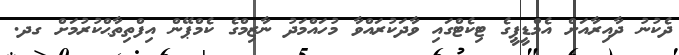
ދެކުނު ދާއިރާއަށް އެމްޑީޕީގެ ޓިކެޓްގައި ވާދަކުރައްވާ މުހައްމަދު ނާޒިމްގެ ކެމްޕޭން އިފްތިތާޙްކުރުމަށް ގދ.